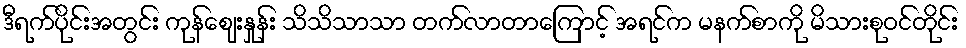
ဒီရက်ပိုင်းအတွင်း ကုန်ဈေးနှုန်း သိသိသာသာ တက်လာတာကြောင့် အရင်က မနက်စာကို မိသားစုဝင်တိုင်း